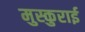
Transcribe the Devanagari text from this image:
मुस्कुराई